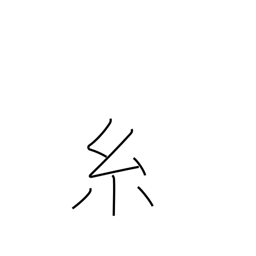
Meaning: thread